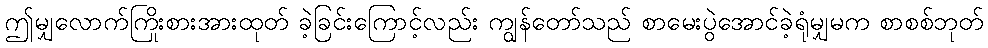
ဤမျှလောက်ကြိုးစားအားထုတ် ခဲ့ခြင်းကြောင့်လည်း ကျွန်တော်သည် စာမေးပွဲအောင်ခဲ့ရုံမျှမက စာစစ်ဘုတ်